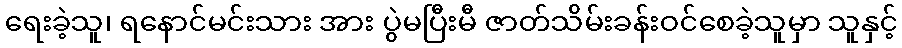
ရေးခဲ့သူ၊ ရနောင်မင်းသား အား ပွဲမပြီးမီ ဇာတ်သိမ်းခန်းဝင်စေခဲ့သူမှာ သူနှင့်